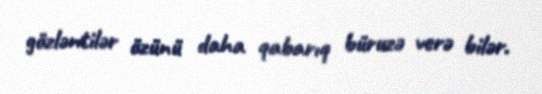
gözləntilər özünü daha qabarıq büruzə verə bilər.